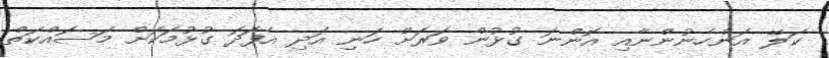
ކަލޭ އަންހެނުންނާއި އޮންނަ ގުޅުން ވަރަށް ހަނި އަދި އެފަދަ ގުޅުމަކަށް މަސައްކަތް